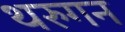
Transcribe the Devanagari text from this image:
थरुगन